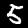
Label: 5